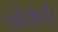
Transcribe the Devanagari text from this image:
ओवैरी